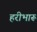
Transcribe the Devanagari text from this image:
हरीभारू